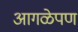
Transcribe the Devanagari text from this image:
आगळेपण